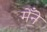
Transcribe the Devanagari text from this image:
मेँने